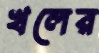
খলের